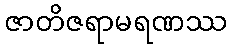
ဇာတိဇရာမရဏဿ